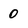
Character: 0